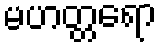
မဟတ္တရော